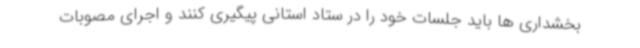
بخشداری ها باید جلسات خود را در ستاد استانی پیگیری کنند و اجرای مصوبات